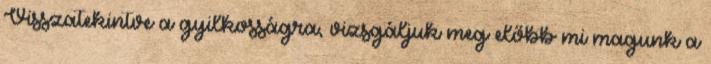
Visszatekintve a gyilkosságra, vizsgáljuk meg előbb mi magunk a